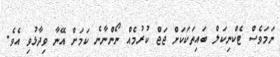
ނަމަވެސް ޓެކްނިކަލް ބައިތަކަކަށް ޖަޖް ކުރުމެއް ނޯންނާނެ ކަމަށް އޭނާ ވިދާޅުވި އެވެ.